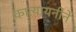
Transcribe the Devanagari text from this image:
कात्यायनीने